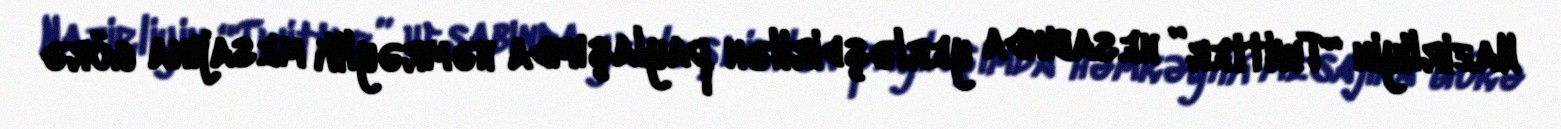
Nazirliyin “Twitter” hesabında yerləşdirilən paylaşımda həmrəylik mesajına görə